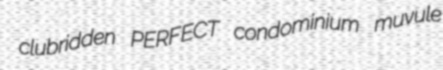
clubridden PERFECT condominium muvule